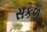
સકળ